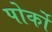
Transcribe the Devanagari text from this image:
पोर्को